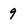
Character: 9